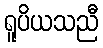
ရူပိယသညီ